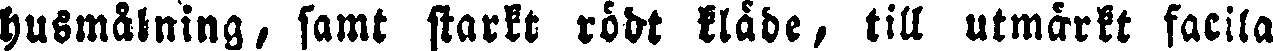
husmålning, samt starkt rödt kläde, till utmärkt facila